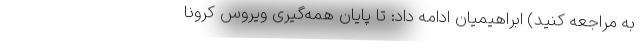
به مراجعه کنید) ابراهیمیان ادامه داد: تا پایان همه­گیری ویروس کرونا